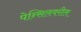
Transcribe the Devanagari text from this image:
पेन्सिलवरील